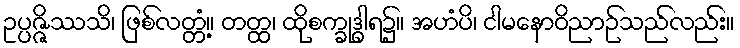
ဥပ္ပဇ္ဇိဿသိ၊ ဖြစ်လတ္တံ့။ တတ္ထ၊ ထိုစက္ခုဒွါရ၌။ အဟံပိ၊ ငါမနောဝိညာဉ်သည်လည်း။